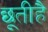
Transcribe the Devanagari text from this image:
छूतीहै